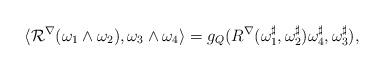
LaTeX: \begin{align*}\langle\mathcal R^\nabla(\omega_1\wedge\omega_2),\omega_3\wedge\omega_4\rangle=g_Q(R^\nabla(\omega_1^\sharp,\omega_2^\sharp)\omega_4^\sharp,\omega_3^\sharp),\end{align*}